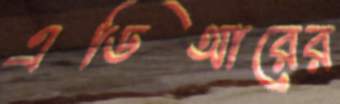
এডিআরের